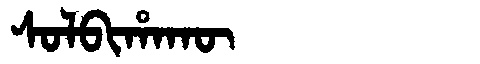
Manchu: ᠰᠣᠯᠪᡳᡥᠠᡴᡡ
Romanization: SOLBIHAKŪ